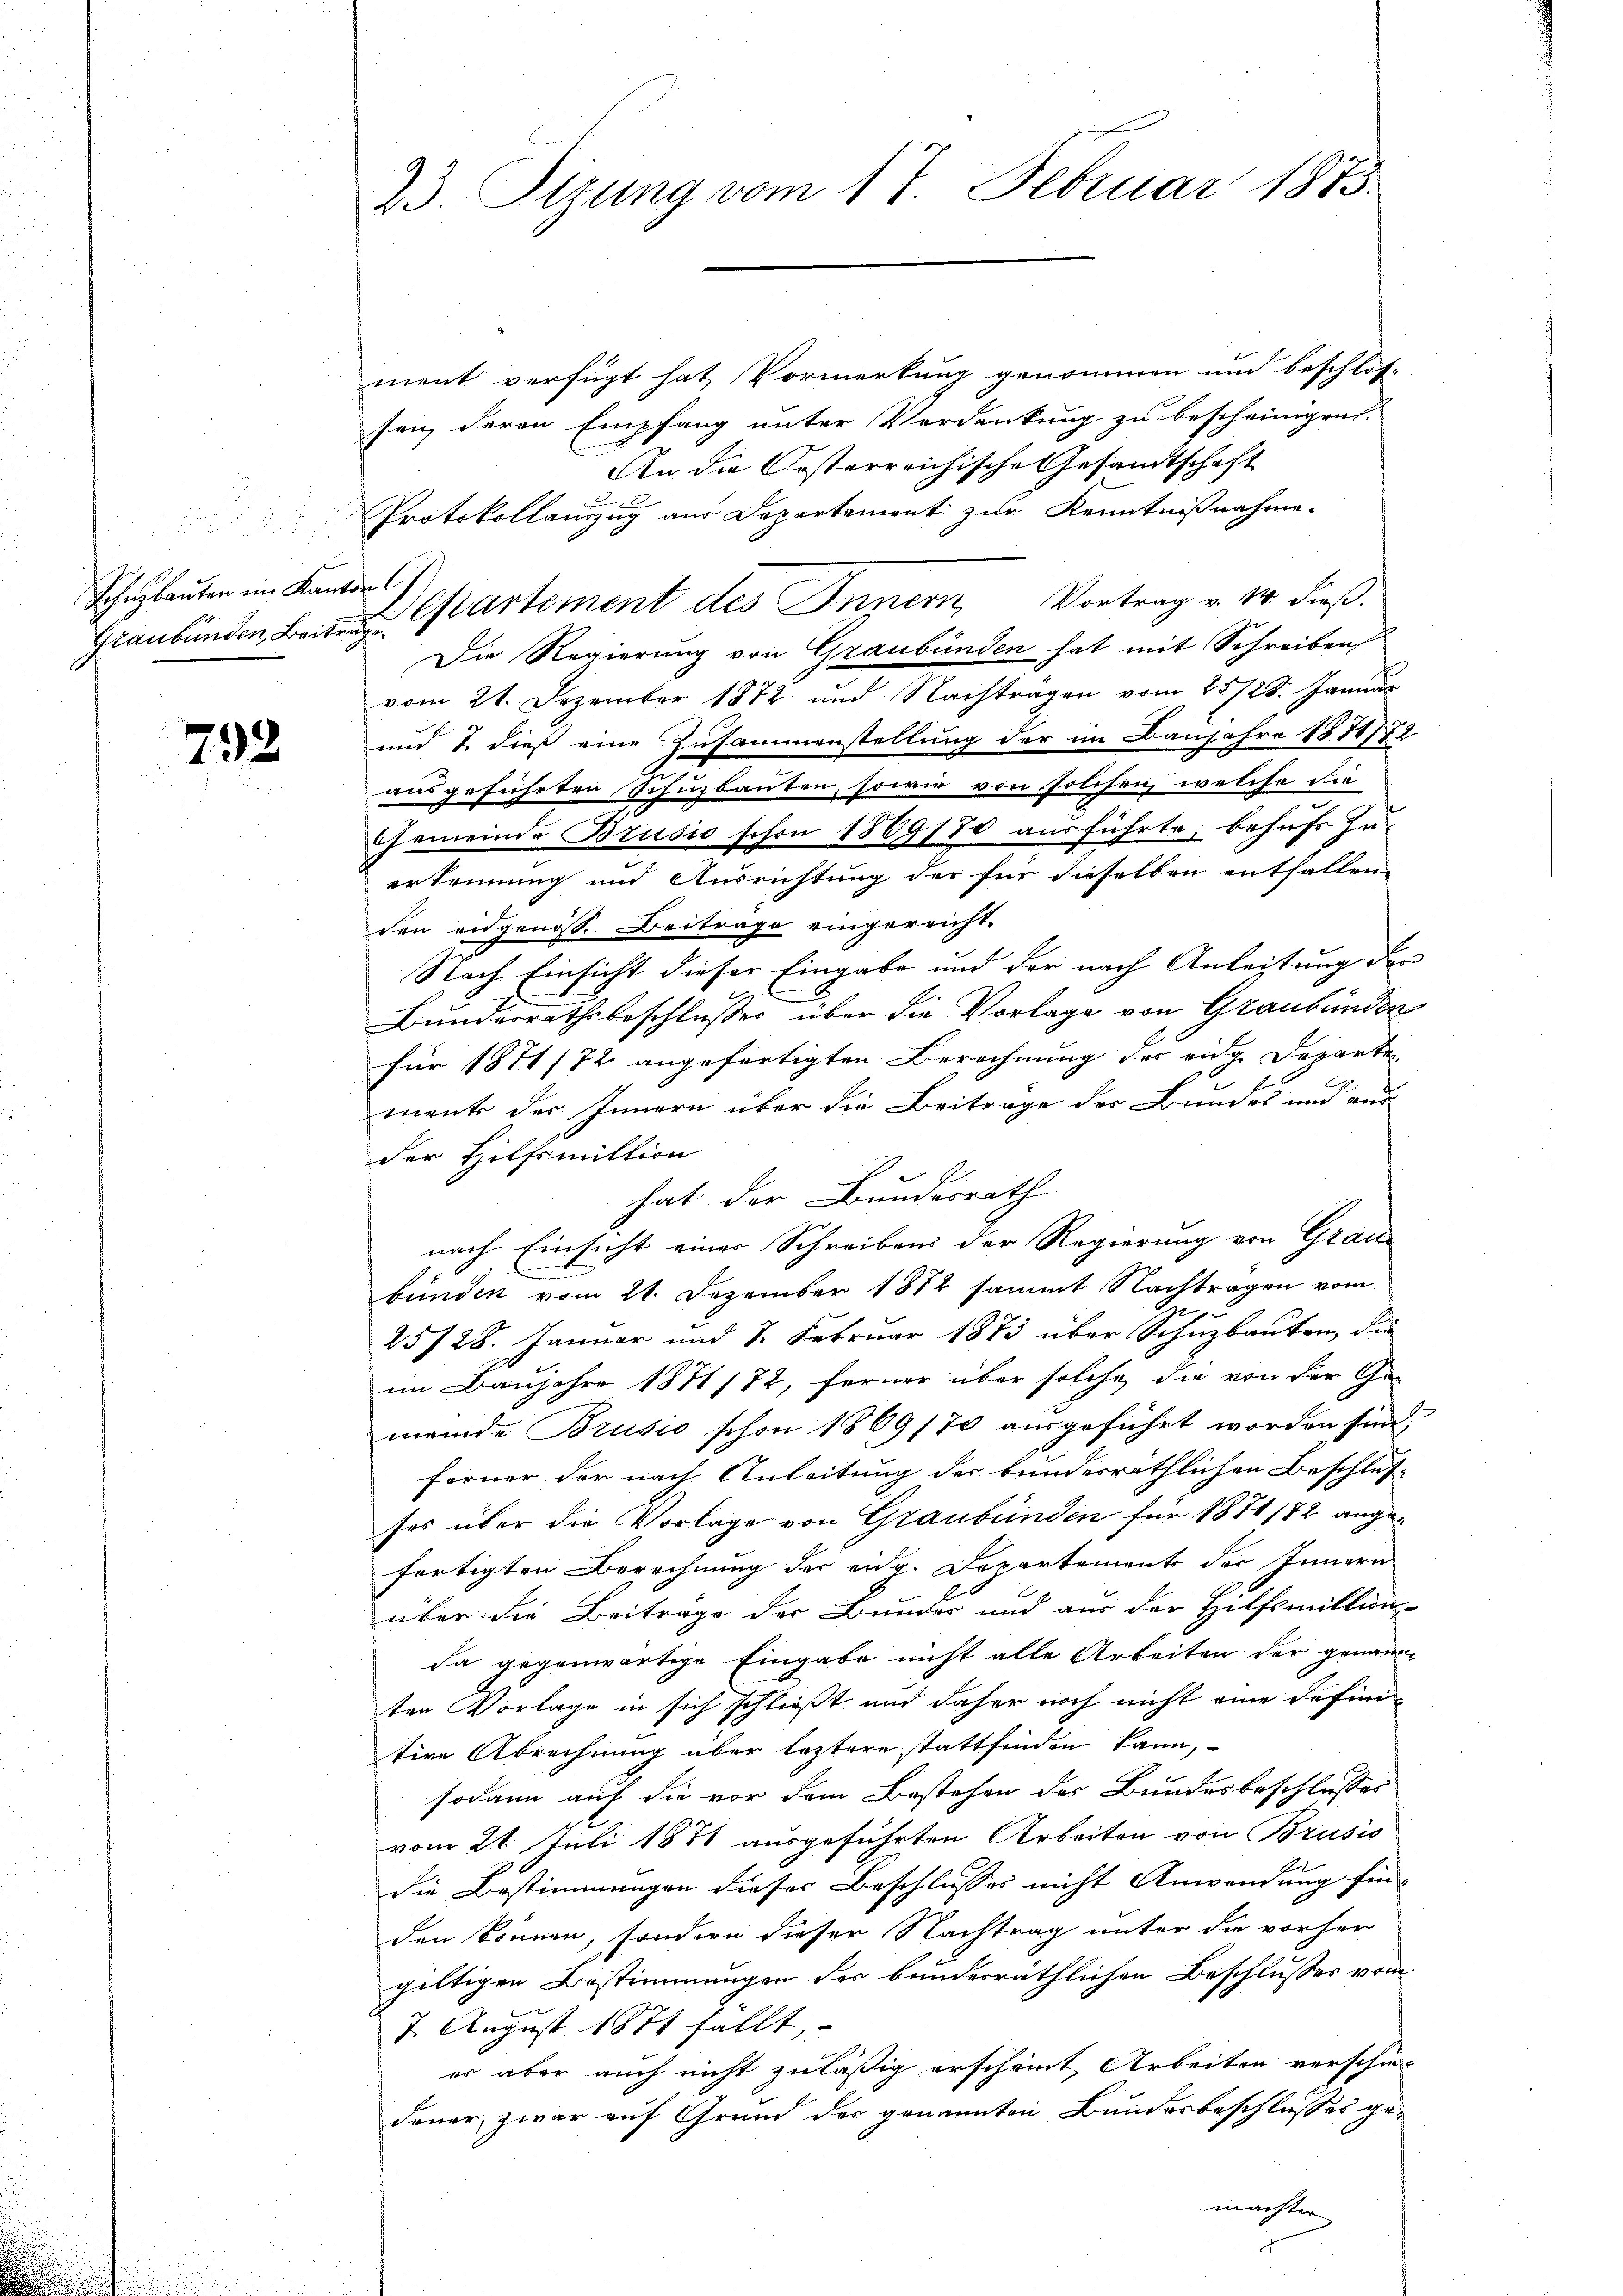
Soheybauten im Kanton

792

23. Sizung vom 17. Februar 1875.

ment verfügt hat Vormerkung genommen und beschlos-
sen, deren Empfang unter Verdankung zu bescheinigen.
An die Oesterreichische Gesandtschaft
Protokollanzug aus Departement zur Kenntnißnahme.
Die Regierung von Graubünden hat mit Schreiben
vom 21. Dezember 1872 und Nachträgen vom 25/28. Januar
und 2 dieß eine Zusammenstellung der im Baujahre 1871772
ausgeführten Schuzbauten, sowie von solchen, welche die
Gemeinde Brusio schon 1869170 ausführte, behufs Zu-
erkennung und Ausrichtung der für dieselben entfallen
den eidgenöss. Beiträge eingereicht
Nach Einsicht dieser Eingabe und der nach Anleitung der
Bunderrathsbeschlußes über die Vorlage von Graubünden
für 1871/72 angefertigten Berechnung des eige Departe
ments der Innern über die Beitrage der Bundes und aus-
der Hilfsmittion
e
hat der Bundesrath
nach Einsicht einer Schreibens der Regierung von Grau-
bünden vom 21. Dezember 1872 sammt Nachträgen vom
25/28. Januar und 2. Febrŭar 1873 über Schŭzbaŭten die
im Baujahre 1871/72, ferner über solche die von der Ge-
meinde Brusio schon 1869/70 aŭsgeführt worden sind,
ferner der nach Anleitung der bundesräthlichen Beschlus-
sos über die Vorlage von Graubünden für 1871/72 angefertigten Berechnung der eidg. Departement der Innern
über die Beitrage der Bunder und aus der Hilfsmittion
da gegenwärtige Eingabe nicht alle Arbeiten der genann-
ten Vorlage in sich schließt und daher noch nicht eine definitive Abrechnung über leztere stattfinden kann,
sodann auf die vor dem Bestehen des Bundesbeschlusses
vom 21. Juli 1878 ausgeführten Arbeiten von Brusio
die Bestimmungen dieser Beschlusses nicht Anwendung fin-
den können, sondern dieser Nachtrag unter die vorher
giltigen Bestimmungen der bunderräthlichen Beschlusses vom
7. August 1871 fällt,
es aber auch nicht zuläßig erscheint, Arbeiten verschie-
dener, zwar auf Grund der genannten Bundesbeschlusses ge-
machter

Graubünden Bei Cartement des Innern, Vortrag v. 14. dieß.